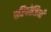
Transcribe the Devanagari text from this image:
परियोजियाँ